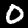
Label: 0